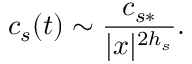
c _ { s } ( t ) \sim \frac { c _ { s * } } { | x | ^ { 2 h _ { s } } } .